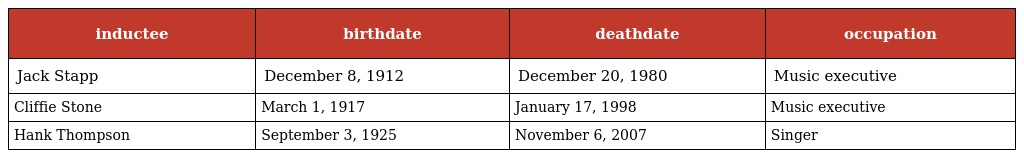
| inductee | birthdate | deathdate | occupation |
 | --- | --- | --- | --- |
 | Jack Stapp | December 8, 1912 | December 20, 1980 | Music executive |
 | Cliffie Stone | March 1, 1917 | January 17, 1998 | Music executive |
 | Hank Thompson | September 3, 1925 | November 6, 2007 | Singer |